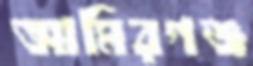
আমিরগঞ্জ